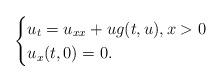
LaTeX: \begin{align*}\begin{cases} u_t=u_{xx}+ug(t,u),x>0\cr u_x(t,0)=0.\end{cases}\end{align*}